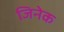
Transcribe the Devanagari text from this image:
जिनेक